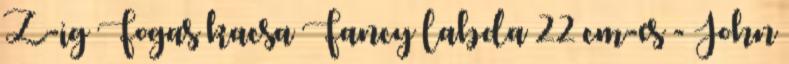
Z-ig Fogas kacsa Fancy labda 22 cm-es - John